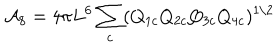
LaTeX: { \cal A } _ { 8 } = 4 \pi L ^ { 6 } \sum _ { c } ( Q _ { 1 c } Q _ { 2 c } Q _ { 3 c } Q _ { 4 c } ) ^ { 1 / 2 }